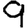
Digit: 9